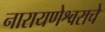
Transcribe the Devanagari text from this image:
नारायणेश्वराचे